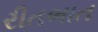
રીતભાત